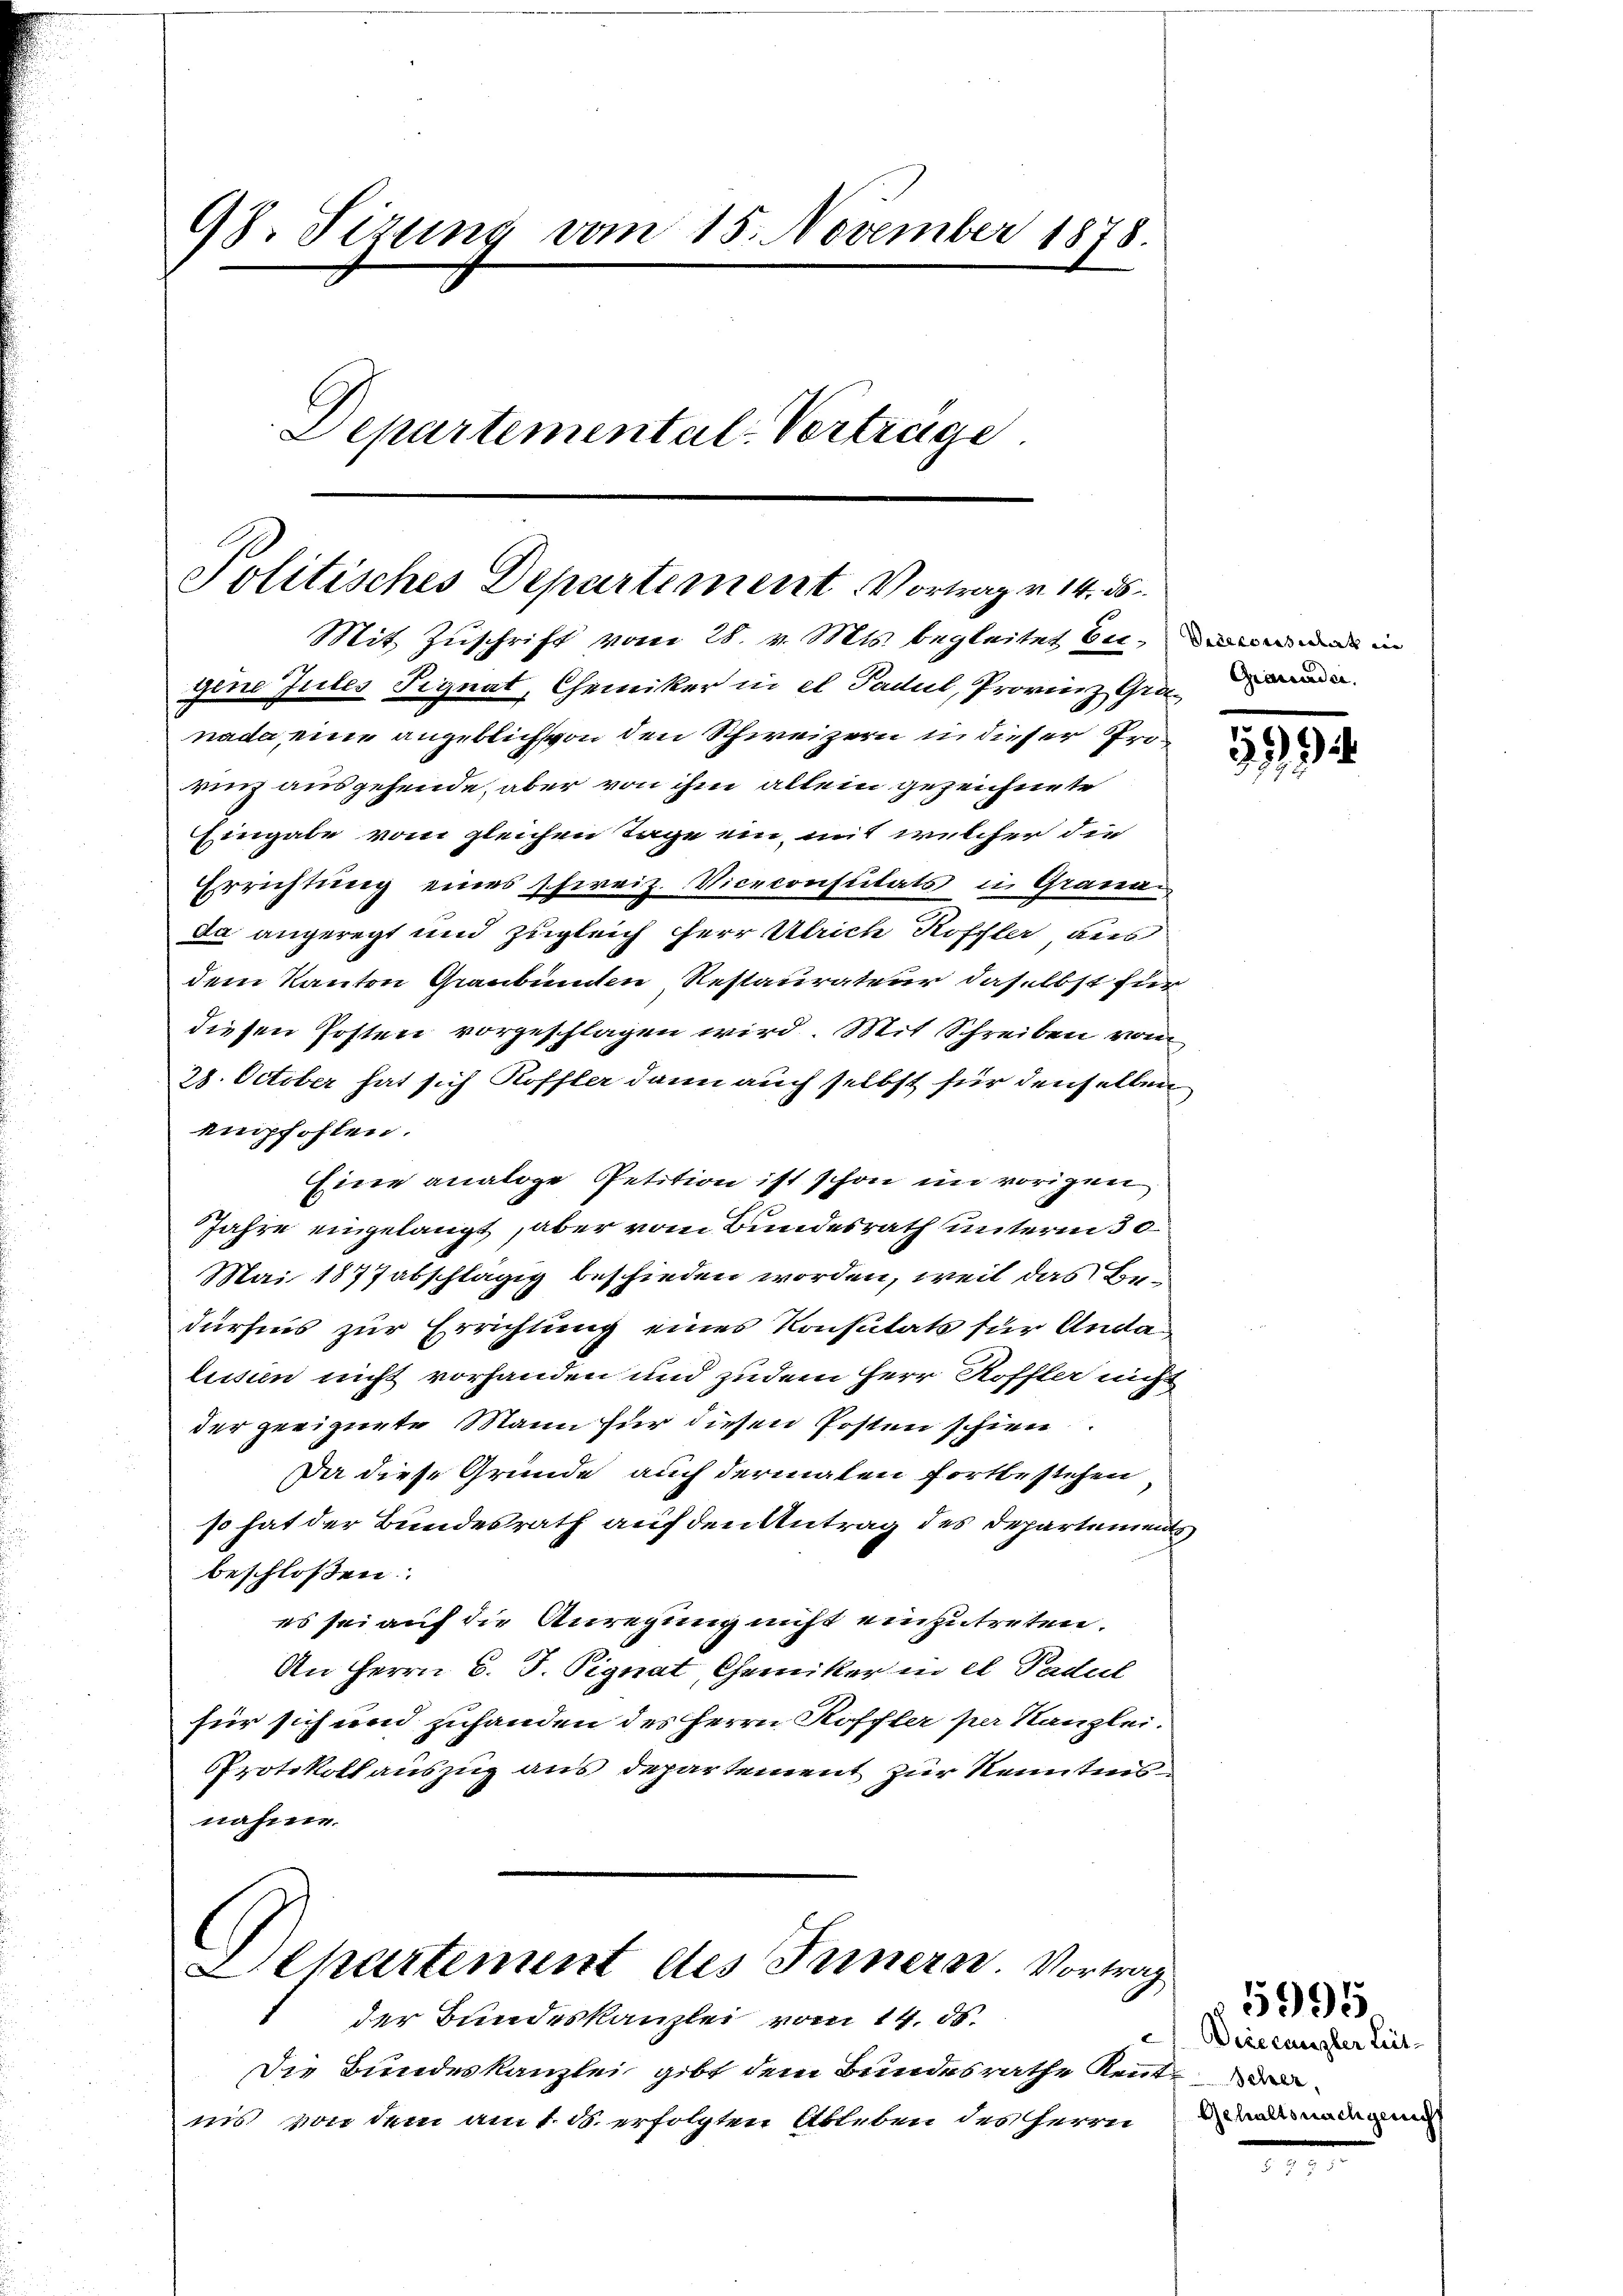
98. Sizung vom 15. November 1878.
Departemental-Verträge.

Politisches Departement. Vortrag v. 14. ds.

Mit Zuschrift vom 28. v. Mts. begleitet bei, und in
gene Jutes Signat, Chemiker in el Padul, Provinz Gra
nada, eine angeblich von den Schweizern in dieser Frörinz ausgehende, aber von ihm allein gezeichnete
Eingabe vom gleichen Tage ein mit welcher die
Errichtung eines schweiz. Viceconsulats in Granada angeregt und zugleich Herr Ulrich Kofler, aus
dem Kanton Graubünden Restaurateur daselbst für
diesen Posten vorgeschlagen wird. Mit Schreiben vom
28. October hat sich Roffler dann auch selbst für denselben
empfohlen.
Eine analoge Petition ist schon im vorigen
Jahre eingelangt, aber vom Bundesrath unterm 30.
Mai 1877 abschlägig beschieden worden, weil das Bedürfnis zur Errichtung eines Konsulats für Andalessen nicht vorhanden und zudem Herr Roffler nicht
der geeignete Mann für diesen Posten schien.
Da diese Gründe auch dermalen fortbestehen
so hat der Bundesrath auf den Antrag des Departement
beschloßen:
es sei auf die Anregung nicht einzutreten.
An Herrn C. J. Pignat, Chemiker in el Padel
für sich und zuhanden des Herrn Roffler per Kanzlei.
PProtokollauszug aus departement zur Kenntnis
nahme.
epartement des Innern. Vortrag
der Bundeskanzlei vom 14. d.
Die Bundeskanzlei gibt dem Bundesrathe Rentnis von dem am 1. d. erfolgten Ableben des Herrn

Dieccanzler Leit-
Gehalts nachgenicht

5995